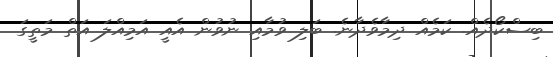
ބިސްކޯދެއް. ކަމެއް ދިމާވެދާނެ. ބަލި ވުމާއި ނުވުން އެއީ އަމިއްލަ އަތް މަތީގަ